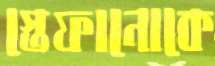
স্তেফানোকে